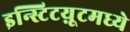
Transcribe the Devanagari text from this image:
इन्स्टिटय़ूटमध्ये